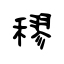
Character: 穋